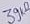
Text: 39kΩ